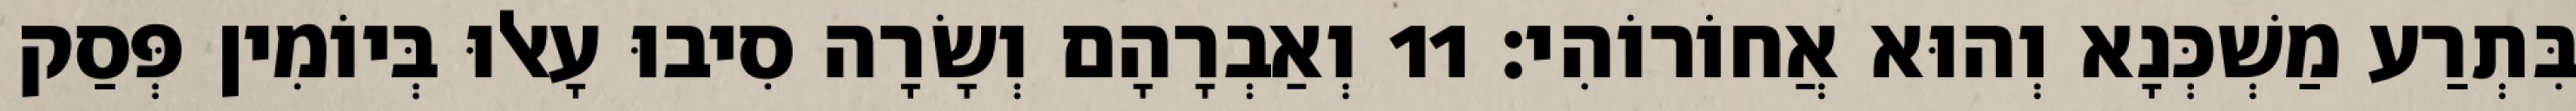
בִּתְרַע מַשְׁכְּנָא וְהוּא אֲחוֹרוֹהִי׃ 11 וְאַבְרָהָם וְשָׂרָה סִיבוּ עָאלוּ בְּיוֹמִין פְּסַק